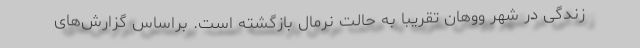
زندگی در شهر ووهان تقریبا به حالت نرمال بازگشته است. براساس گزارش‌های